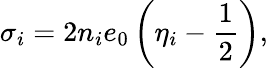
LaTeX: \sigma_{i}=2n_{i}e_{0}\left(\eta_{i}-\frac{1}{2}\right),